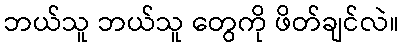
ဘယ်သူ ဘယ်သူ တွေကို ဖိတ်ချင်လဲ။